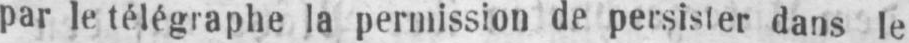
par le télégraphe la permission de persister dans le